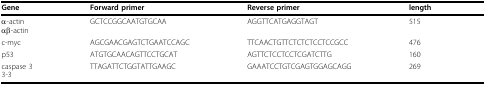
<table><thead><tr><td><b>Gene</b></td><td><b>Forward primer</b></td><td><b>Reverse primer</b></td><td><b>length</b></td></tr></thead><tbody><tr><td>α-actinαβ-actin</td><td>GCTCCGGCAATGTGCAA</td><td>AGGTTCATGAGGTAGT</td><td>515</td></tr><tr><td>c-myc</td><td>AGCGAACGAGTCTGAATCCAGC</td><td>TTCAACTGTTCTCTCTCCTCCGCC</td><td>476</td></tr><tr><td>p53</td><td>ATGTGCAACAGTTCCTGCAT</td><td>AGTTCTCCTCCTCGATCTTG</td><td>160</td></tr><tr><td>caspase 33-3</td><td>TTAGATTCTGGTATTGAAGC</td><td>GAAATCCTGTCGAGTGGAGCAGG</td><td>269</td></tr></tbody></table>